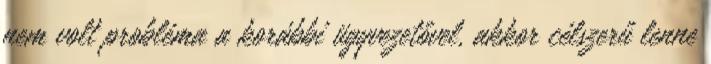
nem volt probléma a korábbi ügyvezetővel, akkor célszerű lenne